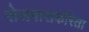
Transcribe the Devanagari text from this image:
रोजगाराकरिता